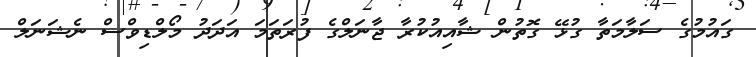
ގައުމުގެ ސަލާމަތާ ގުޅޭ ގޮތުން ޝާއިއުކުރާ ޖާނަލްގެ ފުރަތަމަ އަދަދު މޯލްޑިވްސް ނެޝަނަލް